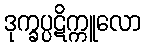
ဒုက္ခပ္ပဋိက္ကူလော